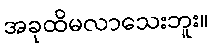
အခုထိမလာသေးဘူး။